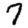
Digit: 7